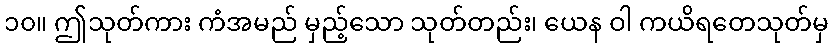
၁၀။ ဤသုတ်ကား ကံအမည် မှည့်သော သုတ်တည်း၊ ယေန ဝါ ကယိရတေသုတ်မှ